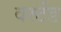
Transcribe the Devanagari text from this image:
वर्स्टेड